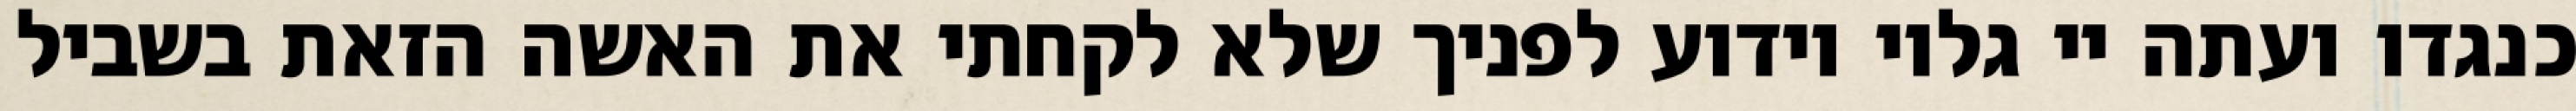
כנגדו ועתה יי גלוי וידוע לפניך שלא לקחתי את האשה הזאת בשביל